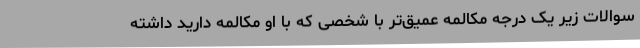
سوالات زیر یک درجه مکالمه عمیق‌تر با شخصی که با او مکالمه دارید داشته